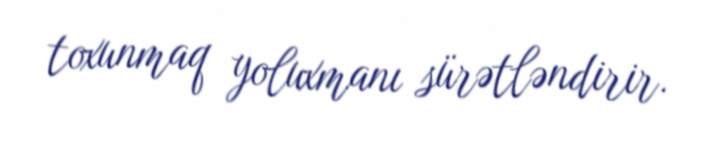
toxunmaq yoluxmanı sürətləndirir.